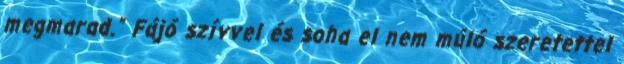
megmarad.” Fájó szívvel és soha el nem múló szeretettel